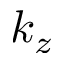
k _ { z }